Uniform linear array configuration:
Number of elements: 32
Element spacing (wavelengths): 1
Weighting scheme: binomial
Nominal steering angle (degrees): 30
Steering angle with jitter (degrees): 30.397
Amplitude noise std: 0.05
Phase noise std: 0.05

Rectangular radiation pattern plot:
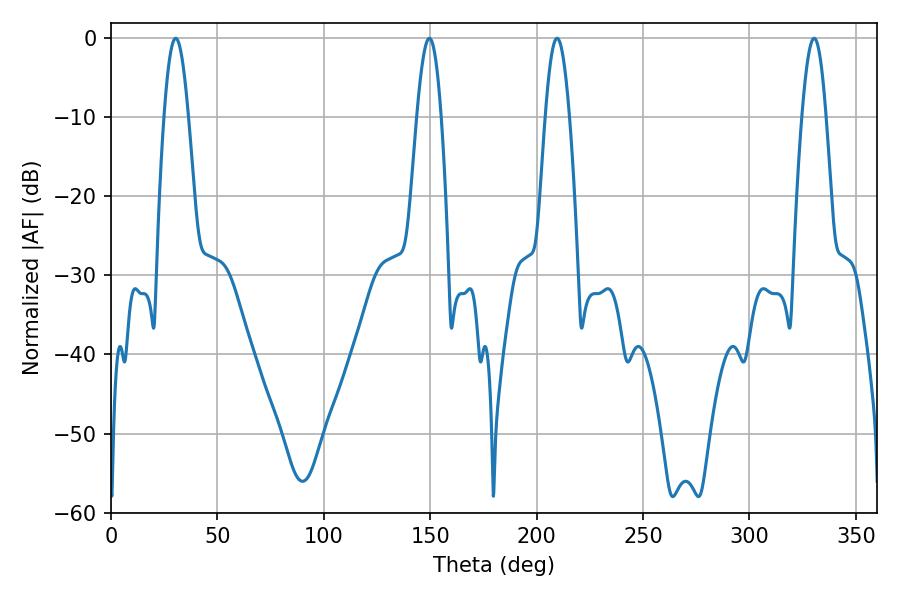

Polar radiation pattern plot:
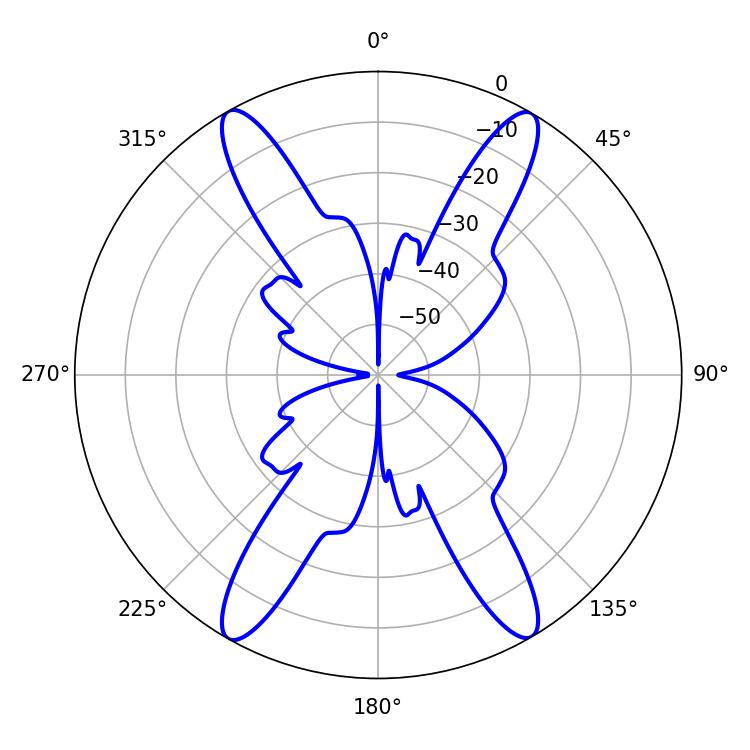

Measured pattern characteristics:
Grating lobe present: TRUE
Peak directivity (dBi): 26.341
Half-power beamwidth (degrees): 6.12
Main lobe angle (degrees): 30.42